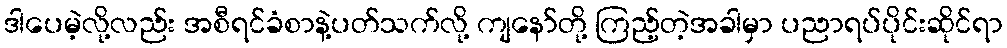
ဒါပေမဲ့လို့လည်း အစီရင်ခံစာနဲ့ပတ်သက်လို့ ကျနော်တို့ ကြည့်တဲ့အခါမှာ ပညာရပ်ပိုင်းဆိုင်ရာ